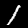
Label: 1